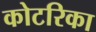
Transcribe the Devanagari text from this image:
कोटरिका